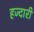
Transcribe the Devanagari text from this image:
हज्दारी